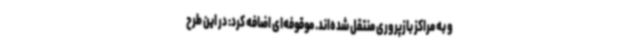
و به مراکز بازپروری منتقل شده‌اند. موقوفه‌ای اضافه کرد: در این طرح